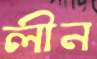
লীন